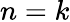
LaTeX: n=k